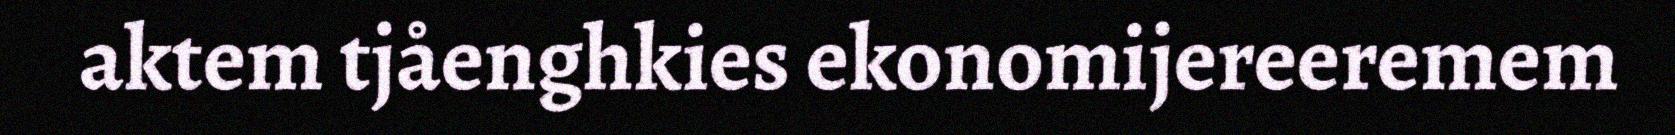
aktem tjåenghkies ekonomijereeremem